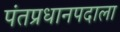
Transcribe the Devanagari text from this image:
पंतप्रधानपदाला